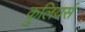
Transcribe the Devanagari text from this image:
कुलियर्स